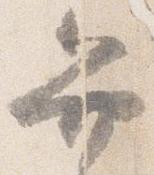
弁